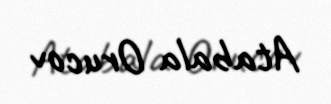
Atabala Orucov